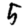
Digit: 5